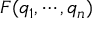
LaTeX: F ( q _ { 1 } , \cdots , q _ { n } )